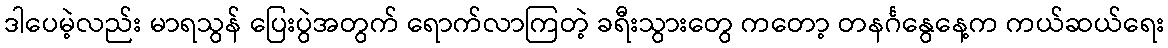
ဒါပေမဲ့လည်း မာရသွန် ပြေးပွဲအတွက် ရောက်လာကြတဲ့ ခရီးသွားတွေ ကတော့ တနင်္ဂနွေနေ့က ကယ်ဆယ်ရေး